Insane asylums in Bengal annual reports 1876-1887 - 1876-1887
Year: 1876
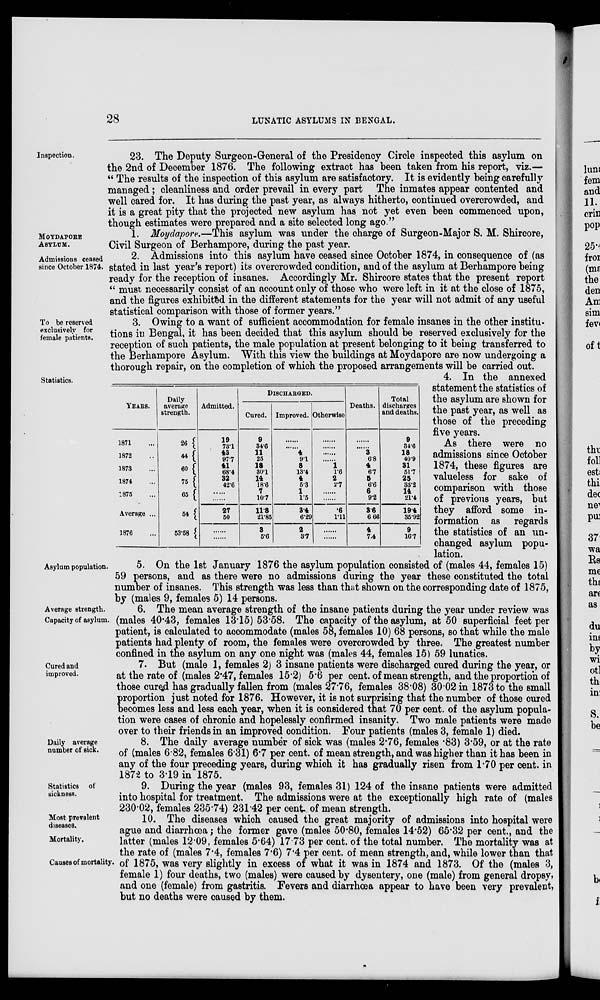
28
LUNATIC ASYLUMS IN BENGAL.
Inspection.
23. The Deputy Surgeon-General of the Presidency Circle inspected this asylum on
the 2nd of December 1876. The following extract has been taken from his report, viz.—
“ The results of the inspection of this asylum are satisfactory. It is evidently being carefully
managed; cleanliness and order prevail in every part The inmates appear contented and
well cared for. It has during the past year, as always hitherto, continued overcrowded, and
it is a great pity that the projected new asylum has not yet even been commenced upon,
though estimates were prepared and a site selected long ago.”
MOYDAPORE
ASYLUM.
1. Moydapore,—This asylum was under the charge of Surgeon-Major S. M. Shircore,
Civil Surgeon of Berhampore, during the past year.
Admissions ceased
since October 1874.
2. Admissions into this asylum have ceased since October 1874, in consequence of (as
stated in last year's report) its overcrowded condition, and of the asylum at Berhampore being
ready for the reception of insanes. Accordingly Mr. Shircore states that the present report
“ must necessarily consist of an account only of those who were left in it at the close of 1875,
and the figures exhibited in the different statements for the year will not admit of any useful
statistical comparison with those of former years.”
To be reserved
exclusively for
female patients.
3. Owing to a want of sufficient accommodation for female insanes in the other institu-
tions in Bengal, it has been decided that this asylum should be reserved exclusively for the
reception of such patients, the male population at present belonging to it being transferred to
the Berhampore Asylum. With this view the buildings at Moydapore are now undergoing a
thorough repair, on the completion of which the proposed arrangements will be carried out.
Statistics.
YEARS.
1871 ...
1872 ...
1873 ...
1874 ...
1875 ...
Average ...
1876 ...
Daily
average
strength.
26
44
60
75
65
54
53.58
Admitted.
19
73.1
43
97.7
41
68.4
32
42.6
......
......
27
50
......
......
DISCHARGED.
Cured.
9
34.6
11
25
18
30.1
14
18.6
7
10.7
11.8
21.85
3
5.6
Improved.
......
......
4
9.1
8
13.4
4
5.3
1
1.5
3.4
6.29
2
3.7
Otherwise
......
......
......
......
1
1.6
2
2.7
......
......
.6
1.11
......
......
Deaths.
......
......
3
6.8
4
6.7
5
6.6
6
9.2
3.6
6.66
4
7.4
Total
discharges
and deaths.
9
34.6
18
40.9
31
51.7
25
33.2
14
21.4
19.4
35.92
9
16.7
4. In the annexed
statement the statistics of
the asylum are shown for
the past year, as well as
those of the preceding
five years.
As there were no
admissions since October
1874, these figures are
valueless for sake of
comparison with those
of previous years, but
they afford some in-
formation as regards
the statistics of an un-
changed asylum popu-
lation.
Asylum population.
5. On the 1st January 1876 the asylum population consisted of (males 44, females 15)
59 persons, and as there were no admissions during the year these constituted the total
number of insanes. This strength was less than that shown on the corresponding date of 1875,
by (males 9, females 5) 14 persons.
Average strength.
Capacity of asylum.
6. The mean average strength of the insane patients during the year under review was
(males 40.43, females 13.15) 53.58. The capacity of the asylum, at 50 superficial feet per
patient, is calculated to accommodate (males 58, females 10) 68 persons, so that while the male
patients had plenty of room, the females were overcrowded by three. The greatest number
confined in the asylum on any one night was (males 44, females 15) 59 lunatics.
Cured and
improved.
7. But (male 1, females 2) 3 insane patients were discharged cured during the year, or
at the rate of (males 2.47, females 15.2) 5.6 per cent. of mean strength, and the proportion of
those cured has gradually fallen from (males 27.76, females 38.08) 30.02 in 1873 to the small
proportion just noted for 1876. However, it is not surprising that the number of those cured
becomes less and less each year, when it is considered that 70 per cent. of the asylum popula-
tion were cases of chronic and hopelessly confirmed insanity. Two male patients were made
over to their friends in an improved condition. Four patients (males 3, female 1) died.
Daily average
number of sick.
8. The daily average number of sick was (males 2.76, females .83) 3.59, or at the rate
of (males 6.82, females 6.31) 6.7 per cent. of mean strength, and was higher than it has been in
any of the four preceding years, during which it has gradually risen from 1.70 per cent. in
1872 to 3.19 in 1875.
Statistics of
sickness.
9. During the year (males 93, females 31) 124 of the insane patients were admitted
into hospital for treatment. The admissions were at the exceptionally high rate of (males
230.02, females 235.74) 231.42 per cent of mean strength.
Most prevalent
diseases.
Mortality.
Causes of mortality.
10. The diseases which caused the great majority of admissions into hospital were
ague and diarrhœa; the former gave (males 50.80, females 14.52) 65.32 per cent., and the
latter (males 12.09, females 5.64) 17.73 per cent. of the total number. The mortality was at
the rate of (males 7.4, females 7.6) 7.4 per cent. of mean strength, and, while lower than that
of 1875, was very slightly in excess of what it was in 1874 and 1873. Of the (males 3,
female 1) four deaths, two (males) were caused by dysentery, one (male) from general dropsy,
and one (female) from gastritis. Fevers and diarrhœa appear to have been very prevalent,
but no deaths were caused by them.